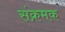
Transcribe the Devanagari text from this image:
संक्रमक